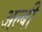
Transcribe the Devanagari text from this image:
अल्बी